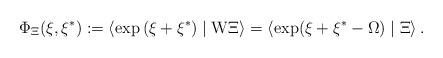
LaTeX: \begin{align*}\Phi _\Xi (\xi ,\xi ^{*}):=\left\langle \exp \left( \xi +\xi ^{*}\right)\mid {\rm W}\Xi \right\rangle =\left\langle \exp (\xi +\xi ^{*}-\Omega )\mid\Xi \right\rangle . \end{align*}